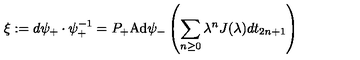
\xi : = d \psi _ { + } \cdot \psi _ { + } ^ { - 1 } = P _ { + } \mathrm { A d } \psi _ { - } \left( \sum _ { n \geq 0 } \lambda ^ { n } J ( \lambda ) d t _ { 2 n + 1 } \right)